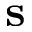
\textbf { s }